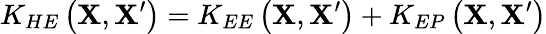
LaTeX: K_{HE}\left(\mathbf{X},\mathbf{X}^{\prime}\right)=K_{EE}\left(\mathbf{X},\mathbf{X}^{\prime}\right)+K_{EP}\left(\mathbf{X},\mathbf{X}^{\prime}\right)